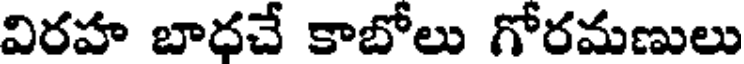
విరహ బాధచే కాబోలు గోరమణులు